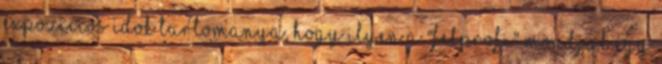
expozicios idok tartomanya, hogy ilyen a "felprofi" Mondjal egy